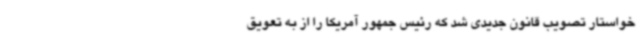
خواستار تصویب قانون جدیدی شد که رئیس جمهور آمریکا را از به تعویق